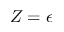
Z = \epsilon